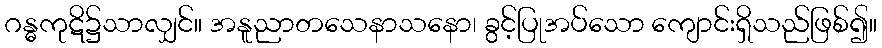
ဂန္ဓကုဋိ၌သာလျှင်။ အနူညာတသေနာသနော၊ ခွင့်ပြုအပ်သော ကျောင်းရှိသည်ဖြစ်၍။